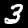
Digit: 3